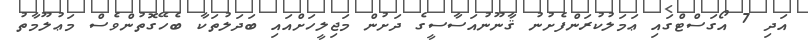
އަދި 7 އޯގަސްޓްގައި ޢަމަލުކުރަންފެށުނު ޤާނޫނުއަސާސީގެ ދަށުން މަޖިލީހަށްއައި ބަދަލުތަކާ ބެހޭގޮތުންވެސް މަޢުލޫމާތު